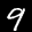
Label: 9